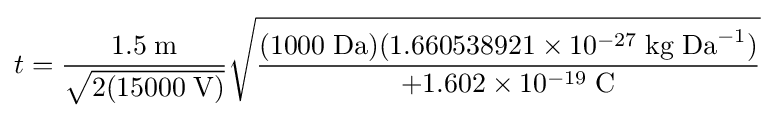
t={\frac {1.5\;\mathrm {m} }{\sqrt {2(15000\;\mathrm {V} )}}}{\sqrt {\frac {(1000\;\mathrm {Da} )(1.660538921\times 10^{-27}\;\mathrm {kg\;Da} ^{-1})}{+1.602\times 10^{-19}\;\mathrm {C} }}}